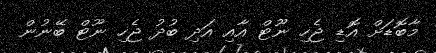
މާބޮޑަށް އޮޑި ޖެހި ނޫޓް އާއި އަދި ބުދު ޖެހި ނޫޓް ބޭނުން